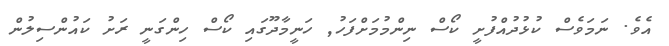
އެވެ. ނަމަވެސް ކުޅުދުއްފުށީ ކޯސް ނިންމުމަށްފަހު